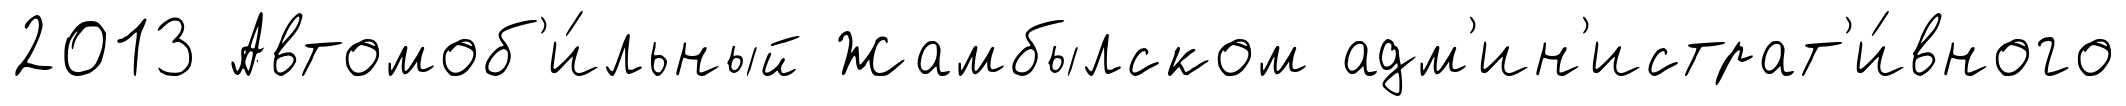
2013 Автомоб'и́льный Жамбылском адм'ин'истрат'и́вного